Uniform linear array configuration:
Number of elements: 32
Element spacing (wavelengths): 0.25
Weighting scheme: kaiser
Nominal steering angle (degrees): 45
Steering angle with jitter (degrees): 43.829
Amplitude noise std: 0.05
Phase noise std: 0.05

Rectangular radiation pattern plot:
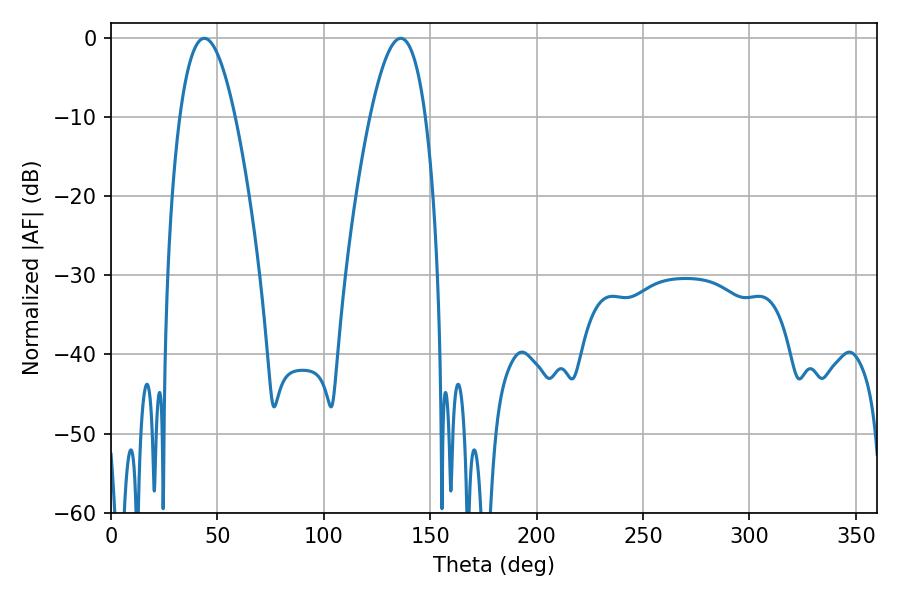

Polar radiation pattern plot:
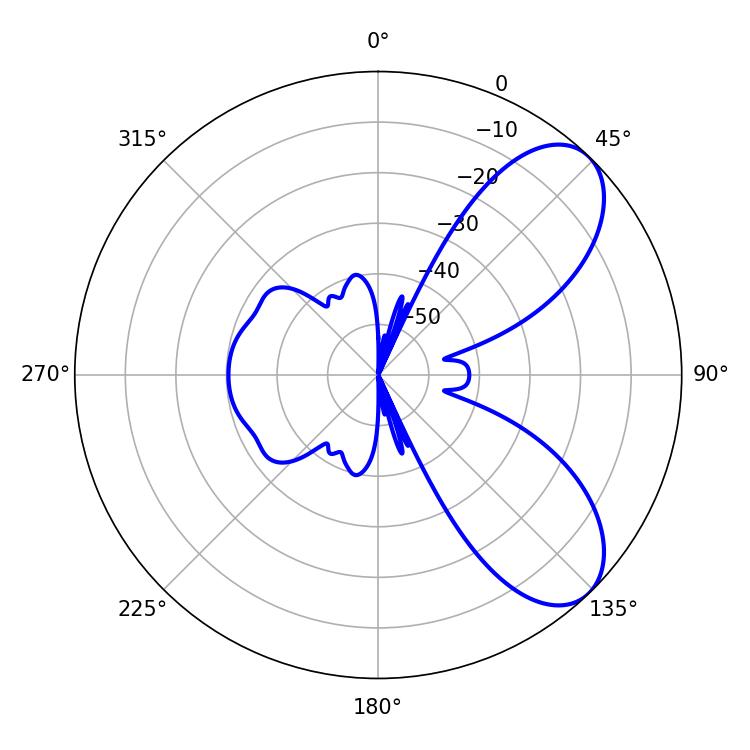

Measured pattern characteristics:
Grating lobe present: FALSE
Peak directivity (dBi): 7.283
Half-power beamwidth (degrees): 14.4
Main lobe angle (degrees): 43.92